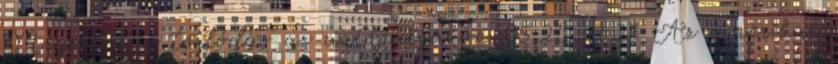
Megszűnt a torlódás az autópályákon 05.21. 21:23 Az amerikai